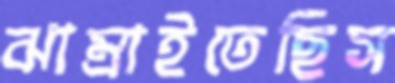
ঝাম্‌রাইতেছিস